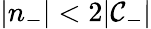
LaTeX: |n_{-}|<2|\mathcal{C}_{-}|